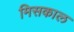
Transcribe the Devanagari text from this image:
मिसकाल